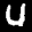
Label: 4